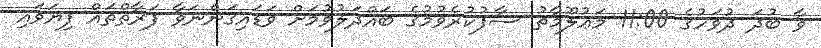
ވާ ބުދަ ދުވަހުގެ 11:00 މަޢުލޫމާތު ސާފުކުރެވުމުގެ ބައްދަލުވުމަށް ވަޑައިގަންނަވާ ފަރާތްތައް ފިޔަވައި